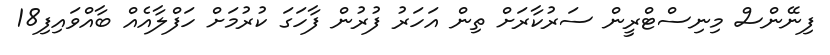
ފިނޭންސް މިނިސްޓްރީން ސަރުކާރަށް ތިން އަހަރު ފުރުން ފާހަގަ ކުރުމަށް ހަފްލާއެއް ބާއްވައިފި18